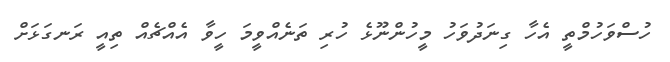
ހުސްވަހުމްތީ އެހާ ގިނަދުވަހު މީހުންނޫޅެ ހުރި ތަނެއްވީމަ ހީވާ އެއްޗެއް ތިއީ ރަނގަޅަށް